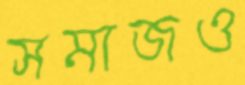
সমাজও